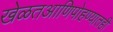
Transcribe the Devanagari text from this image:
खेळतआणिपोहण्यातही